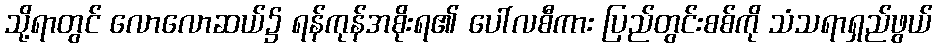
သို့ရာတွင် လောလောဆယ်၌ ရန်ကုန်အစိုးရ၏ ပေါ်လစီကား ပြည်တွင်းစစ်ကို သံသရာရှည်ဖွယ်